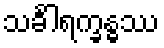
သင်္ခါရက္ခန္ဓဿ